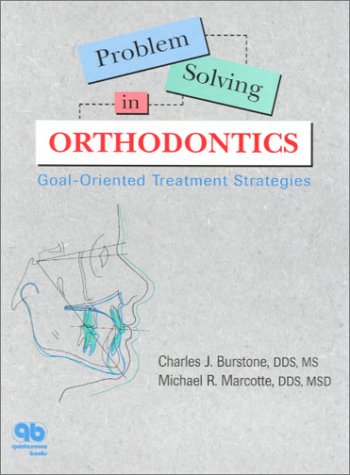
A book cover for Problem Solving in Orthodontics: Goal-Oriented Treatment Strategies; Charles J. Burstone; Medical Books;